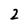
Character: 2